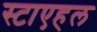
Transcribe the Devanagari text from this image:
स्टाएहल